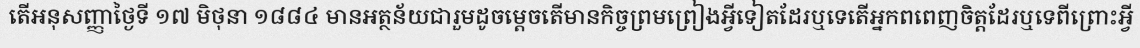
តើអនុសញ្ញាថ្ងៃទី ១៧ មិថុនា ១៨៨៤ មានអត្ថន័យជារួមដូចម្តេចតើមានកិច្ចព្រមព្រៀងអ្វីទៀតដែរឬទេតើអ្នកពពេញចិត្តដែរឬទេពីព្រោះអ្វី